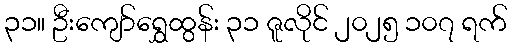
၃၁။ ဦးကျော်ရွှေထွန်း ၃၁ ဇူလိုင် ၂၀၂၅ ၁၀၇ ရက်